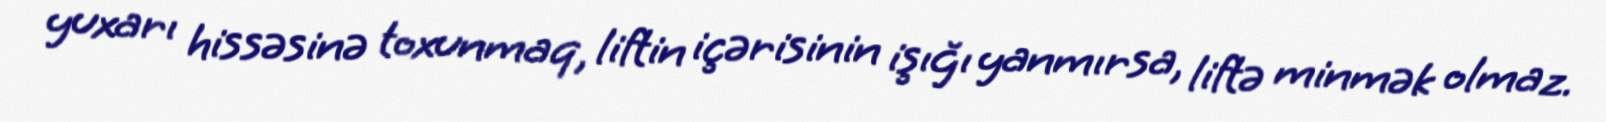
yuxarı hissəsinə toxunmaq, liftin içərisinin işığı yanmırsa, liftə minmək olmaz.